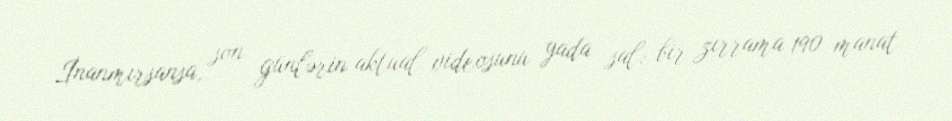
İnanmırsansa, son günlərin aktual videosunu yada sal: bir zırrama 190 manat